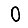
Digit: 0